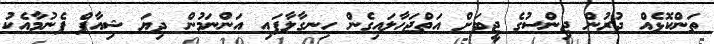
ތަންކޮޅެއް ދުރުން ޖިންސުގެ ޖީބަށް އަތްޖަހާލައިގެން ހިނގާލާފައި އަންނަމުން ދިޔަ ޝިއާފް ފެނުމާއެކު